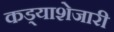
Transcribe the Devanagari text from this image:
कड्याशेजारी